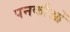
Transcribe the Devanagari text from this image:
पनकौओं